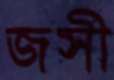
জসী